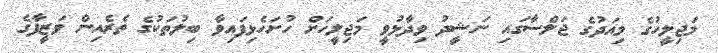
މަޖިލީހުގެ މިއަދުގެ ޖަލްސާގައި ނަޝީދު ވިދާޅުވީ މަޖިލީހަށް ހުށަހެޅިފައިވާ ބިލުތަކުގެ ތެރެއިން ވަޒީފާގެ